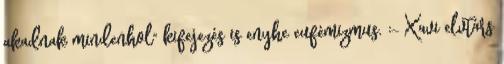
akadnak mindenhol" kifejezés is enyhe eufémizmus. :- Xavi elvtárs